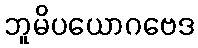
ဘူမိပယောဂဗေဒ